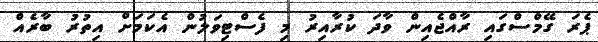
ޕެރަ ގޭމްސްގައި ރާއްޖެއިން ވާދަ ކުރާއިރު މި ފެސްޓިވަލުން އެކަމަށް އިތުރު ބާރެއް